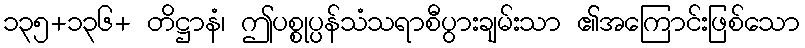
၁၃၅+၁၃၆+ တိဋ္ဌာနံ၊ ဤပစ္စုပ္ပန်သံသရာစီပွားချမ်းသာ ၏အကြောင်းဖြစ်သော